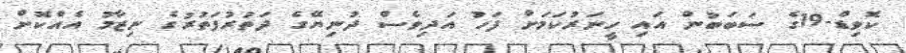
ކޮވިޑް-19ގެ ސަބަބުން އައި ހީނަރުކަމަށް ފަހު އަދިވެސް ދުނިޔޭގެ ދަތުރުފަތުރުގެ ނިޒާމު އެއްކޮށް